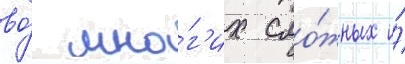
во́ мно́г'их сло́жных и́